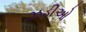
ઝડીઓ